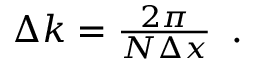
\begin{array} { r } { \Delta k = \frac { 2 \pi } { N \Delta x } } \end{array} .